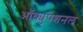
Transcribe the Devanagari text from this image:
ऑक्युपेशनल